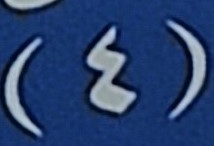
(4)